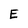
Character: E